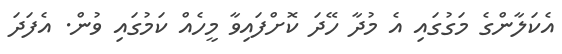
އެކަލާންގެ މަގުގައި އެ މުދާ ހޭދަ ކޮށްފައިވާ މީހެއް ކަމުގައި ވުން. އެފަދަ